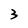
Character: 3